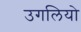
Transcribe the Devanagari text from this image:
उगलियो